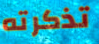
تذكرته